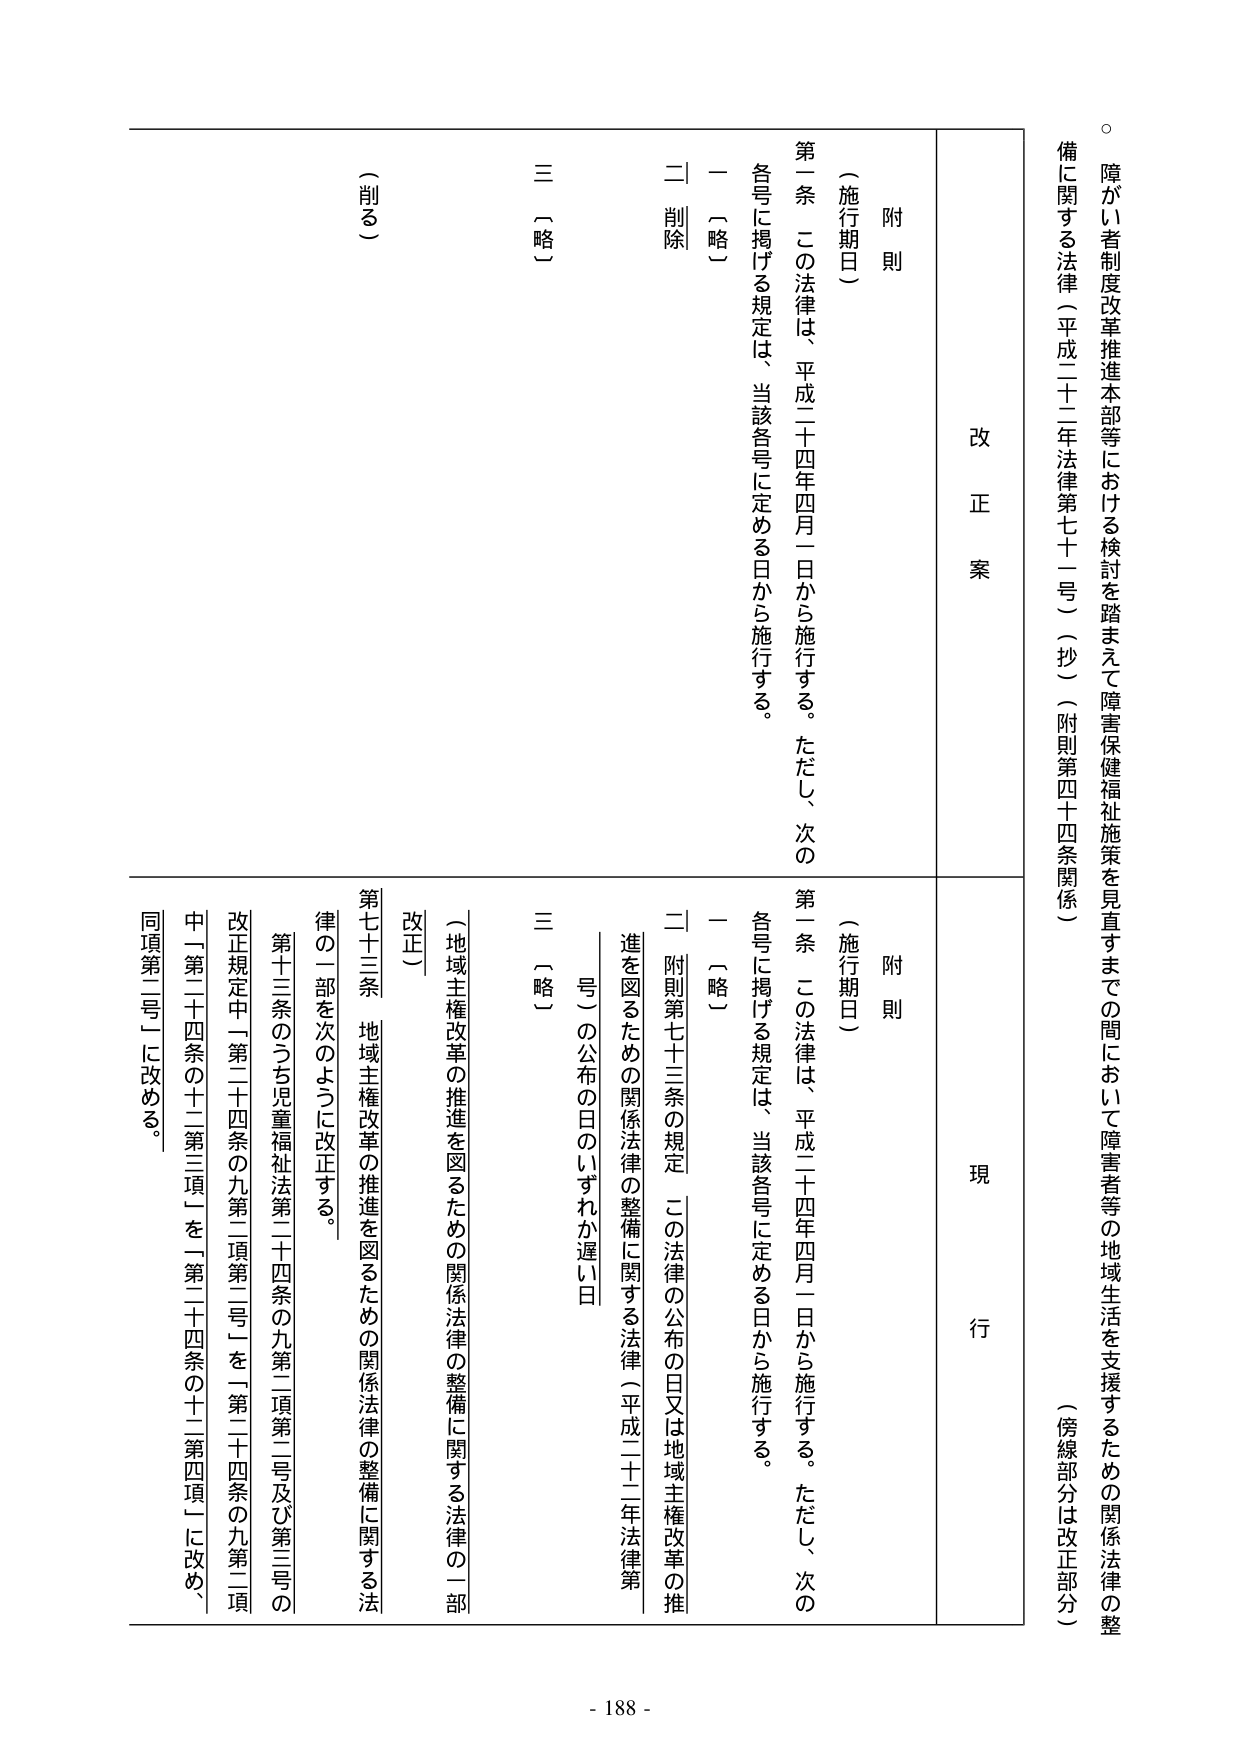
障がい者制度改革推進本部等における検討を踏まえて障害保健福祉施策を見直すまでの間において障害者等の地域生活を支援するための関係法律の整備に関する法律（平成二十二年法律第七十一号）（抄）（附則第四十四条関係）（傍線部分は改正部分）

改正案
附則
（施行期日）
第一条 この法律は、平成二十四年四月一日から施行する。ただし、次の各号に掲げる規定は、当該各号に定める日から施行する。
一 ［略］
二 ［削除］
三 ［略］
（削る）

現行
附則
（施行期日）
第一条 この法律は、平成二十四年四月一日から施行する。ただし、次の各号に掲げる規定は、当該各号に定める日から施行する。
一 ［略］
二 附則第七十三条の規定 この法律の公布の日又は地域主権改革の推進を図るための関係法律の整備に関する法律（平成二十二年法律第号）の公布の日のいずれか遅い日
三 ［略］
（地域主権改革の推進を図るための関係法律の整備に関する法律の一部改正）
第七十三条 地域主権改革の推進を図るための関係法律の整備に関する法律の一部を次のように改正する。
第十三条のうち児童福祉法第二十四条の九第二項第二号及び第三号の改正規定中「第二十四条の九第二項第二号」を「第二十四条の九第二項中「第二十四条の十二第三項」を「第二十四条の十二第四項」に改め、同項第二号」に改める。

- 188 -